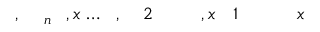
x \! \! \! \! \! \! \! \! \! \! \! \! _ { \! } \! \! \! \! \! \! \! \! \! \! \! 1 \! \! \! \! \! \! \! \! \! \! \! \! , x \! \! \! \! \! \! \! \! \! \! \! \! _ { \! } \! \! \! \! \! \! \! \! \! \! \! 2 \! \! \! \! \! \! \! \! \! \! \! \! , \! \! \! \! \! \! \! \! \! \! \! \! \ldots \! \! \! \! \! \! \! \! \! \! \! \! , x \! \! \! \! \! \! \! \! \! \! \! \! _ { n } \! \! \! \! \! \! \! \! \! \! \! \! , \! \! \! \! \! \! \! \! \! \! \!